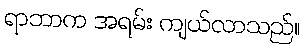
ရာဘာက အရမ်း ကျယ်လာသည်။